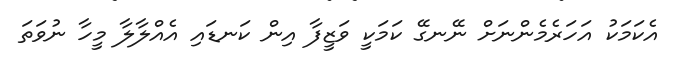
އެކަމަކު އަހަރެމެންނަށް ނޭނގޭ ކަމަކީ ވަޒީފާ އިން ކަނޑައި އެއްލާލާ މީހާ ނުވަތަ